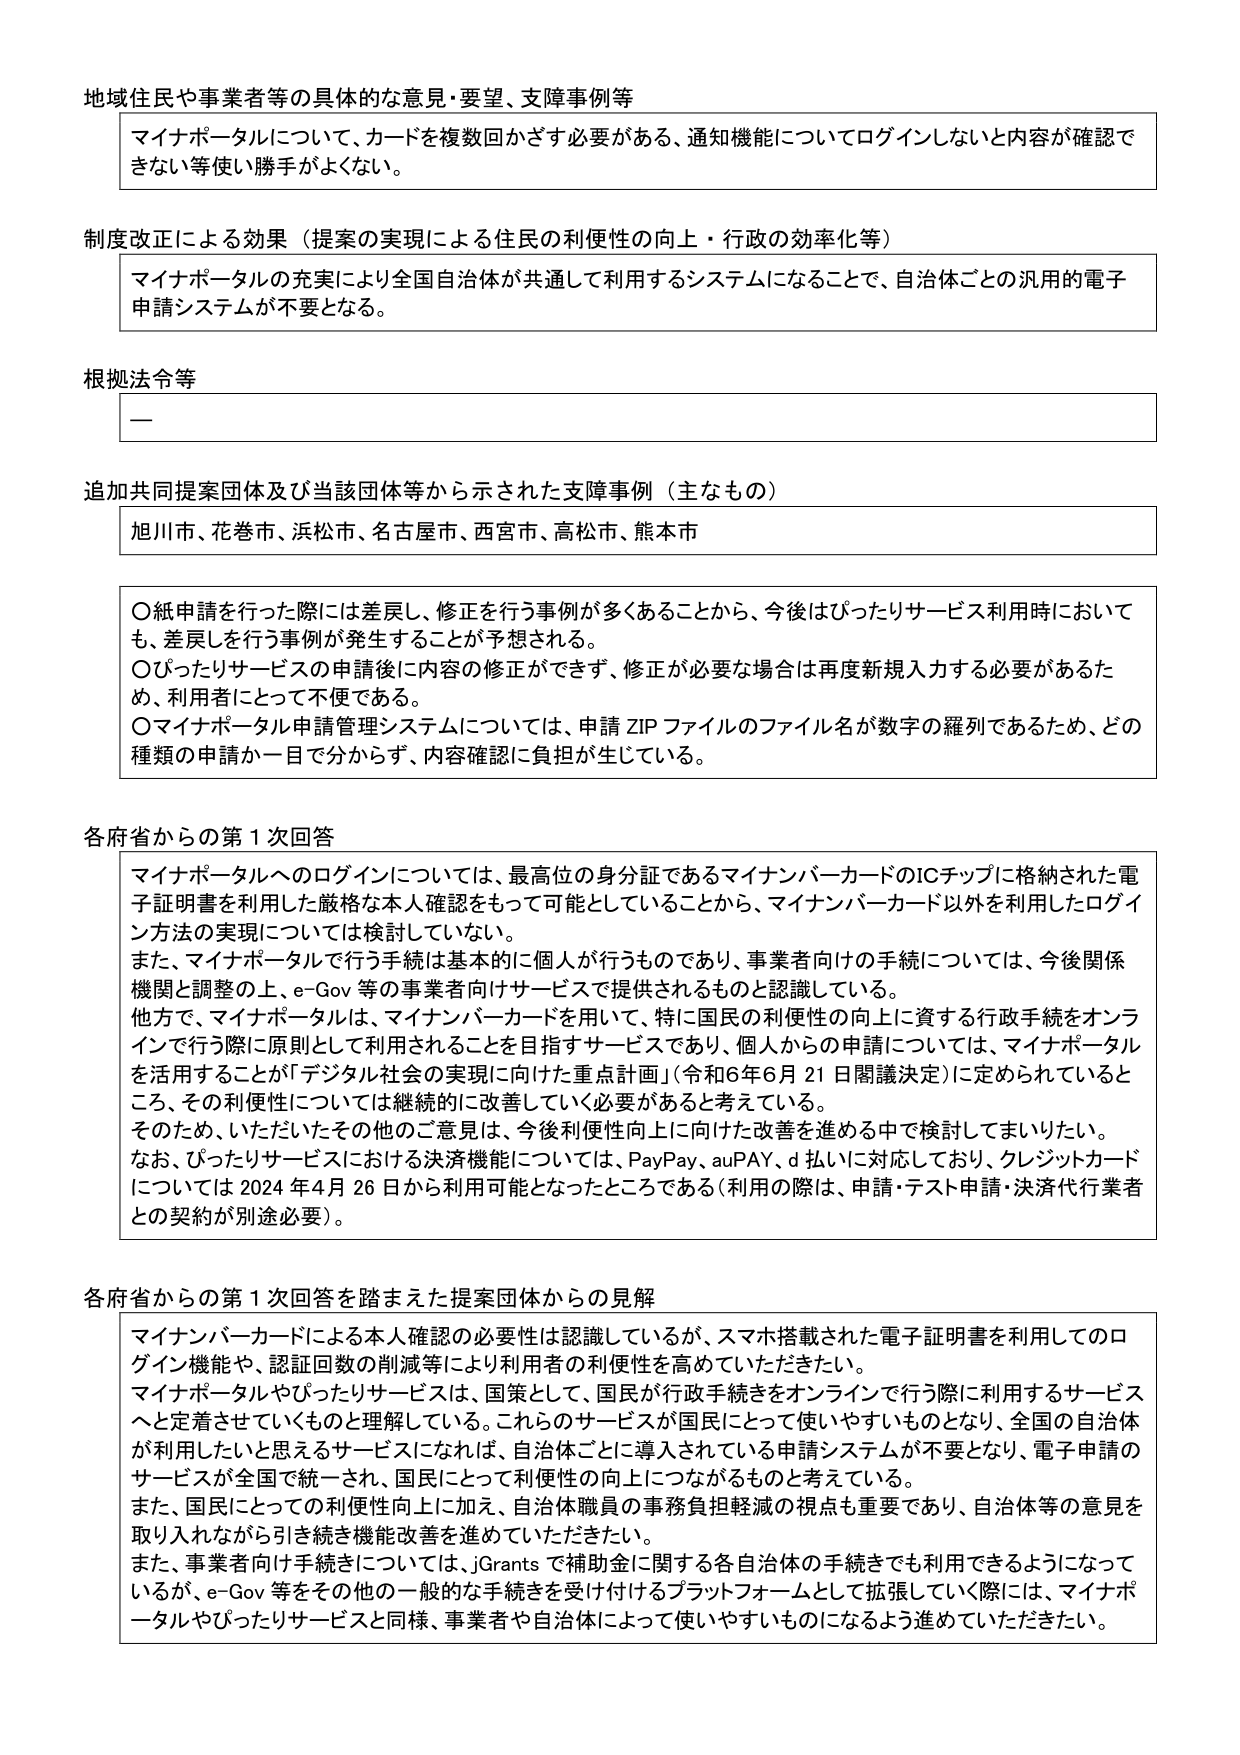
地域住民や事業者等の具体的な意見・要望、支障事例等
マイナポータルについて、カードを複数回かざす必要がある、通知機能についてログインしないと内容が確認できない等使い勝手がよくない。

制度改正による効果（提案の実現による住民の利便性の向上・行政の効率化等）
マイナポータルの充実により全国自治体が共通して利用するシステムになることで、自治体ごとの汎用的電子申請システムが不要となる。

根拠法令等
ー

追加共同提案団体及び当該団体等から示された支障事例（主なもの）
旭川市、花巻市、浜松市、名古屋市、西宮市、高松市、熊本市

〇紙申請を行った際には差戻し、修正を行う事例が多くあることから、今後はぴったりサービス利用時においても、差戻しを行う事例が発生することが予想される。
〇ぴったりサービスの申請後に内容の修正ができず、修正が必要な場合は再度新規入力する必要があるため、利用者にとって不便である。
〇マイナポータル申請管理システムについては、申請 ZIP ファイルのファイル名が数字の羅列であるため、どの種類の申請か一目で分からず、内容確認に負担が生じている。

各府省からの第1次回答
マイナポータルへのログインについては、最高位の身分証であるマイナンバーカードのICチップに格納された電子証明書を利用した厳格な本人確認をもって可能としていることから、マイナンバーカード以外を利用したログイン方法の実現については検討していない。
また、マイナポータルで行う手続は基本的に個人が行うものであり、事業者向けの手続については、今後関係機関と調整の上、e-Gov 等の事業者向けサービスで提供されるものと認識している。
他方で、マイナポータルは、マイナンバーカードを用いて、特に国民の利便性の向上に資する行政手続をオンラインで行う際に原則として利用されることを目指すサービスであり、個人からの申請については、マイナポータルを活用することが「デジタル社会の実現に向けた重点計画」（令和6年6月21日閣議決定）に定められているところ、その利便性については継続的に改善していく必要があると考えている。
そのため、いただいたその他のご意見は、今後利便性向上に向けた改善を進める中で検討してまいりたい。
なお、ぴったりサービスにおける決済機能については、PayPay、auPAY、d払いに対応しており、クレジットカードについては2024年4月26日から利用可能となったところである（利用の際は、申請・テスト申請・決済代行業者との契約が別途必要）。

各府省からの第1次回答を踏まえた提案団体からの見解
マイナンバーカードによる本人確認の必要性は認識しているが、スマホ搭載された電子証明書を利用したログイン機能や、認証回数の削減等により利用者の利便性を高めていただきたい。
マイナポータルやぴったりサービスは、国策として、国民が行政手続きをオンラインで行う際に利用するサービスへと定着させていくものと理解している。これらのサービスが国民にとって使いやすいものとなり、全国の自治体が利用したいと思えるサービスになれば、自治体ごとに導入されている申請システムが不要となり、電子申請のサービスが全国で統一され、国民にとって利便性の向上につながるものと考えている。
また、国民にとっての利便性向上に加え、自治体職員の事務負担軽減の視点も重要であり、自治体等の意見を取り入れながら引き続き機能改善を進めていただきたい。
また、事業者向け手続きについては、jGrants で補助金に関する各自治体の手続きでも利用できるようになっていながら、e-Gov 等をその他の一般的な手続きを受け付けるプラットフォームとして拡張していく際には、マイナポータルやぴったりサービスと同様、事業者や自治体によって使いやすいものになるよう進めていただきたい。